Indian journal of veterinary science and animal husbandry - Volume 1,
Year: 1931
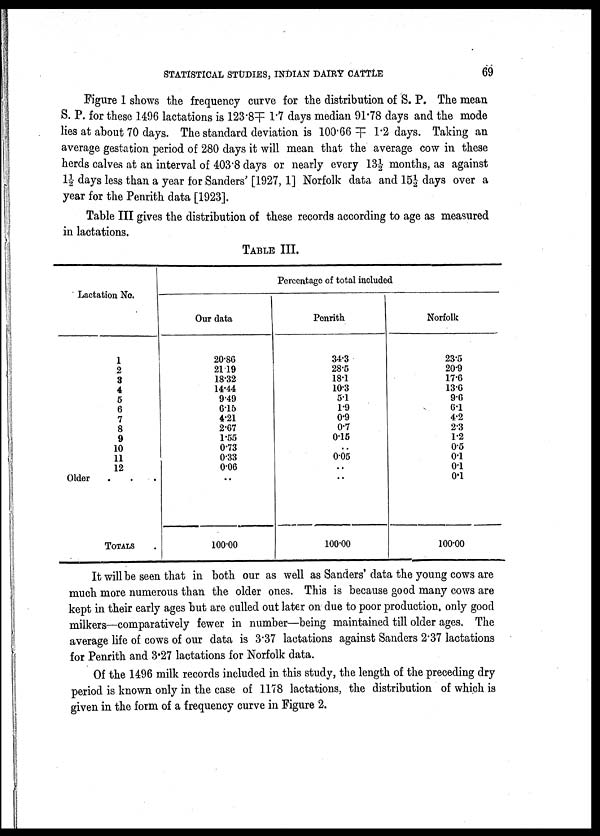
STATISTICAL STUDIES, INDIAN DAIRY CATTLE
69
Figure 1 shows the frequency curve for the distribution of S. P. The mean
S. P. for these 1496 lactations is 123.8╤ 1.7 days median 91.78 days and the mode
lies at about 70 days. The standard deviation is 100.66 ╤ 1.2 days. Taking an
average gestation period of 280 days it will mean that the average cow in these
herds calves at an interval of 403.8 days or nearly every 13½ months, as against
1½ days less than a year for Sanders' [1927, 1] Norfolk data and 15½ days over a
year for the Penrith data [1923].
Table III gives the distribution of these records according to age as measured
in lactations.
TABLE III.
Lactation No.
1
2
3
4
5
6
7
8
9
10
11
12
Older
. . .
TOTALS
Percentage of total included
Our data
20.86
21.19
18.32
14.44
9.49
6.15
4.21
2.67
1.55
0.73
0.33
0.06
..
100.00
Penrith
34.3
28.5
18.1
10.3
5.1
1.9
0.9
0.7
0.15
..
0.05
..
..
100.00
Norfolk
23.5
20.9
17.6
13.6
9.6
6.1
4.2
2.3
1.2
0.5
0.1
0.1
0.1
100.00
It will be seen that in both our as well as Sanders' data the young cows are
much more numerous than the older ones. This is because good many cows are
kept in their early ages but are culled out later on due to poor production, only good
milkers—comparatively fewer in number—being maintained till older ages. The
average life of cows of our data is 3.37 lactations against Sanders 2.37 lactations
for Penrith and 3.27 lactations for Norfolk data.
Of the 1496 milk records included in this study, the length of the preceding dry
period is known only in the case of 1178 lactations, the distribution of which is
given in the form of a frequency curve in Figure 2.